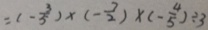
= ( - \frac { 3 } { 5 } ) \times ( - \frac { 7 } { 2 } ) \times ( - \frac { 4 } { 5 } ) \div 3